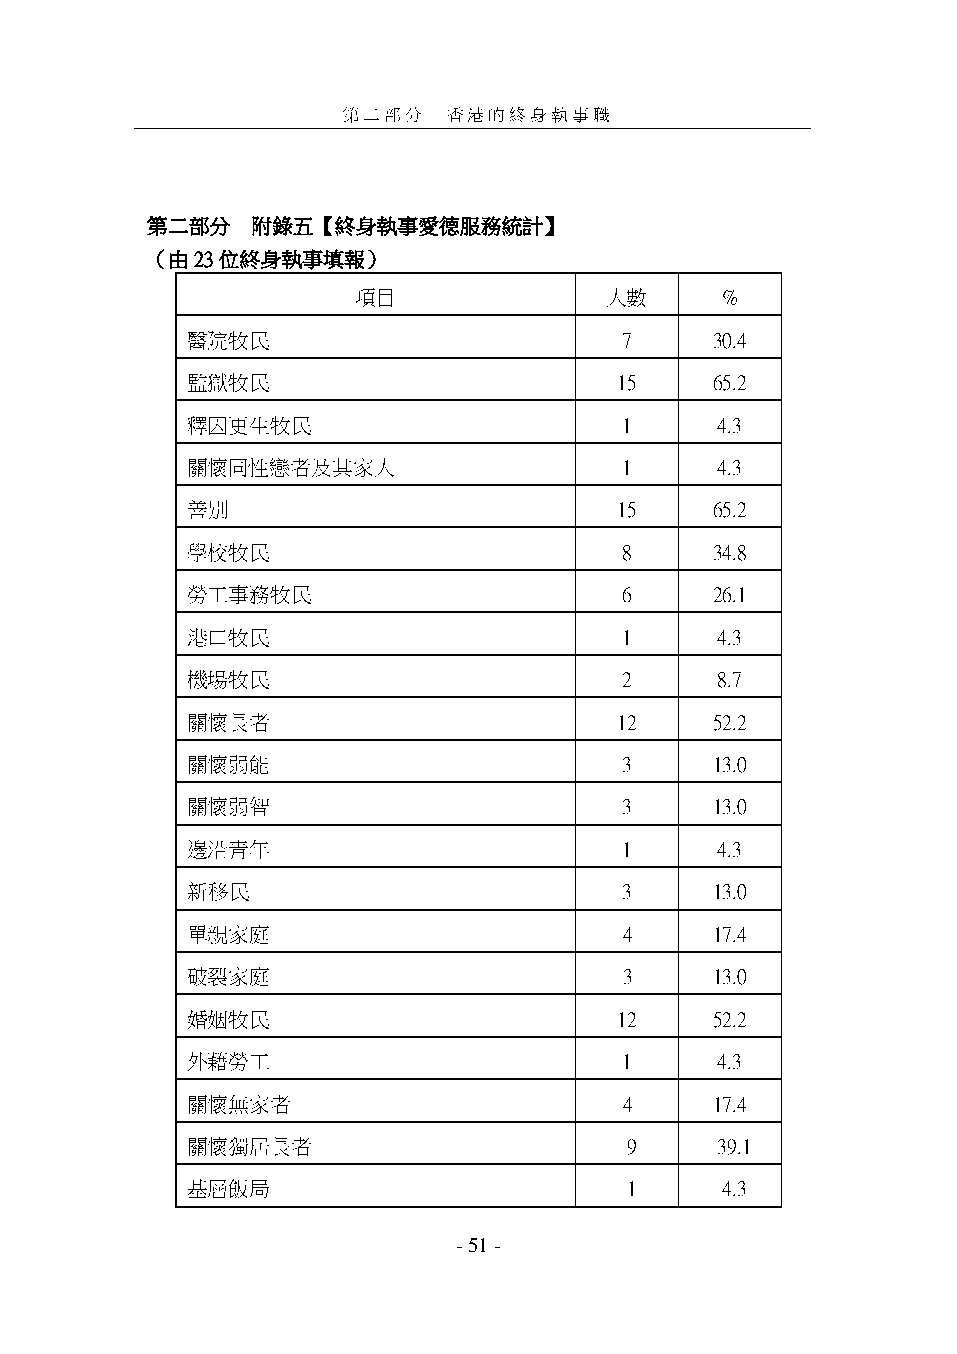
第二部分   香港的終身執事職
 第二部分   附錄五【終身執事愛德服務統計】
 （由23位終身執事填報）
 項目               人數      %
 醫院牧民                         7     30.4
 監獄牧民                         15    65.2
 釋囚更生牧民                       1     4.3
 關懷同性戀者及其家人                   1     4.3
 善別                           15    65.2
 學校牧民                         8     34.8
 勞工事務牧民                       6     26.1
 港口牧民                         1     4.3
 機場牧民                         2     8.7
 關懷長者                         12    52.2
 關懷弱能                         3     13.0
 關懷弱智                         3     13.0
 邊沿青年                         1     4.3
 新移民                          3     13.0
 單親家庭                         4     17.4
 破裂家庭                         3     13.0
 婚姻牧民                         12    52.2
 外藉勞工                         1     4.3
 關懷無家者                        4     17.4
 關懷獨居長者                       9     39.1
 基層飯局                         1      4.3
 - 51 -